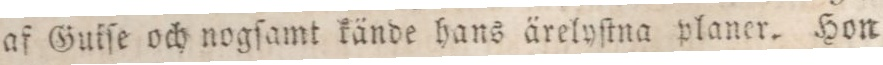
af Guiſe och nogſamt kände hans ärelyſtna planer. Hon